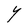
Character: Y